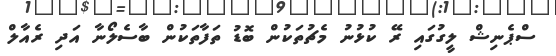
ސްޕެނިޝް ލީގުގައި ރޭ ކުޅުނު މެޗުތަކުން ބޮޑު ތަފާތަކުން ބާސެލޯނާ އަދި ރެއާލް